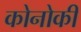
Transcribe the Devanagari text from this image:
कोनोकी